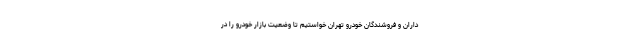
‌داران و فروشندگان خودرو تهران خواستیم تا وضعیت بازار خودرو را در